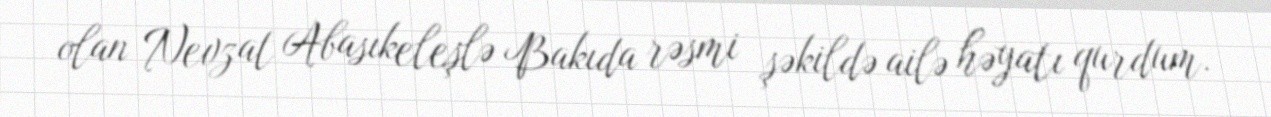
olan Nevzat Abasıkeleşlə Bakıda rəsmi şəkildə ailə həyatı qurdum.